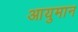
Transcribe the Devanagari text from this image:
आयुमान